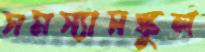
সমস্যাসঙ্কুল